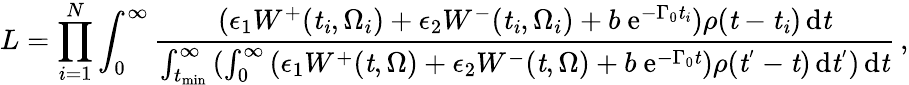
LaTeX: L=\prod_{i=1}^{N}{\int_{0}^{\infty}\frac{{(\epsilon_{1}W^{+}(\mathit{t_{i}},\Omega_{i})+\epsilon_{2}W^{-}(\mathit{t_{i}},\Omega_{i})+b\ \mathrm{e}^{-\Gamma_{0}\mathit{t_{i}}})\rho(\mathit{t}-\mathit{t_{i}})}\, \mathrm{d}\mathit{t}}{\int_{t_{\mathrm{min}}}^{\infty}{(\int_{0}^{\infty}{(\epsilon_{1}W^{+}(\mathit{t},\Omega)+\epsilon_{2}W^{-}(\mathit{t},\Omega)+b\ \mathrm{e}^{-\Gamma_{0}\mathit{t}})\rho(\mathit{t}^{'}-\mathit{t})}\, \mathrm{d}\mathit{t}^{'})}\, \mathrm{d}\mathit{t}}}\, ,